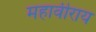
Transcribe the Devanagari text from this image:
महावीराय